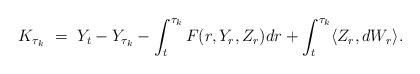
\begin{align*}K_{\tau_k} \ = \ Y_t - Y_{\tau_k} - \int_t^{\tau_k} F(r,Y_r,Z_r) dr + \int_t^{\tau_k} \langle Z_r,dW_r\rangle.\end{align*}